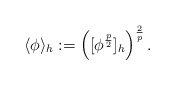
\begin{align*}\langle \phi \rangle_h:=\left([\phi^{\frac{p}{2}}]_h\right)^{\frac{2}{p}}.\end{align*}